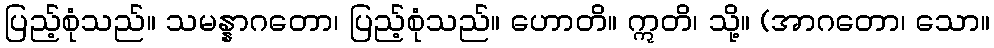
ပြည့်စုံသည်။ သမန္နာဂတော၊ ပြည့်စုံသည်။ ဟောတိ။ ဣတိ၊ သို့။ (အာဂတော၊ သော။